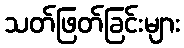
သတ်ဖြတ်ခြင်းများ